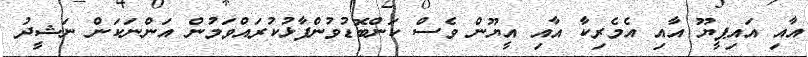
އާއި އައިޕީޔޫ އާއި އެމެރިކާ އާއި އީޔޫން ވެސް ކަންބޮޑުވުންފާޅުކުރައްވަމުން އަންނަކަން ނަޝީދު